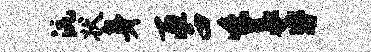
沆状身匝西味益昏